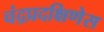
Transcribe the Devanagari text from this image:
चंद्रप्रदक्षिणेस